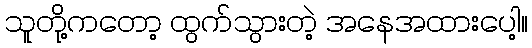
သူတို့ကတော့ ထွက်သွားတဲ့ အနေအထားပေါ့။